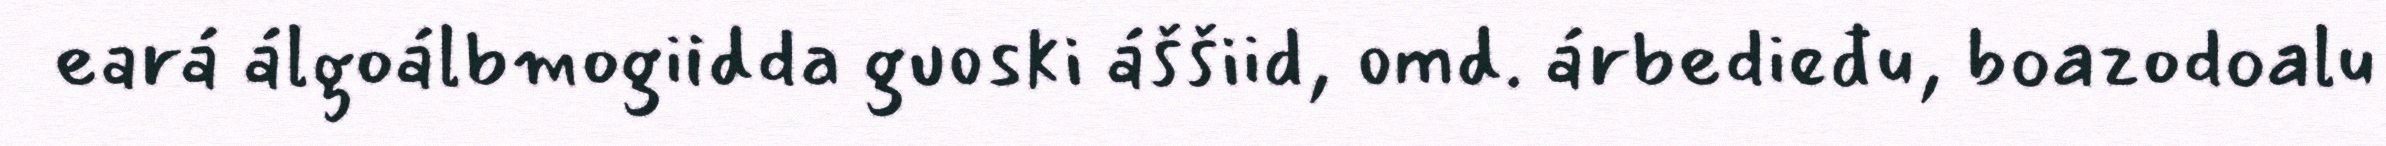
eará álgoálbmogiidda guoski áššiid, omd. árbedieđu, boazodoalu